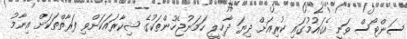
ސަންޓޯސް ވަނީ އެގައުމުގައި ކުރިއަށް ދިޔަ ދާހިލީ ހަމަނުޖެހުންތަކުގެ ޝިކާރައަކަށްވި ފަރާތްތަކަށް އިނާމު